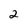
Character: 2